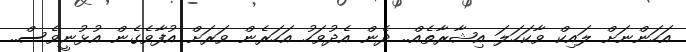
އަހަންނަށް ލައިކް ވާކަހަލަ އިޝާރާތެއް.. ދެން އެދުވަހު އަހަރެން ވަރަށް އުފާވެގެން އުޅުނީވެސް..